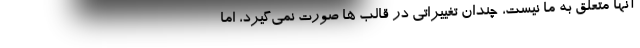
آنها متعلق به ما نیست، چندان تغییراتی در قالب ها صورت نمی‌گیرد، اما